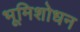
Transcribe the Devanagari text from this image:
भूमिशोधन